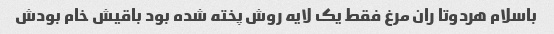
باسلام هردوتا ران مرغ فقط یک لایه روش پخته شده بود باقیش خام بودش